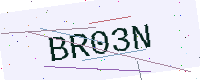
Text: BR03N